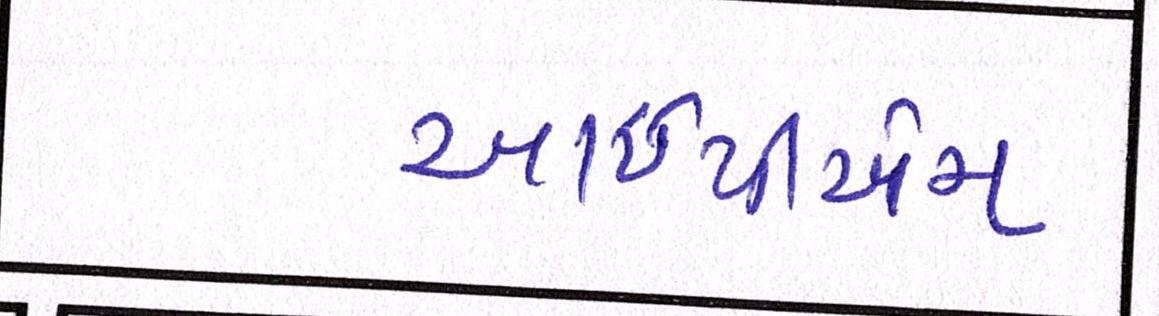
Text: આઇપીએમ